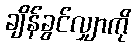
ချိန်ခွင်လျှာကို